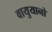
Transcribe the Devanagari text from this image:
वायुयानो